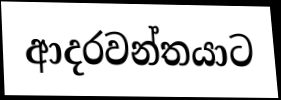
ආදරවන්තයාට